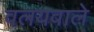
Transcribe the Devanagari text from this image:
वलयवाले